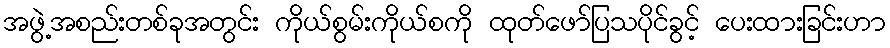
အဖွဲ့အစည်းတစ်ခုအတွင်း ကိုယ်စွမ်းကိုယ်စကို ထုတ်ဖော်ပြသပိုင်ခွင့် ပေးထားခြင်းဟာ